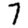
Digit: 7